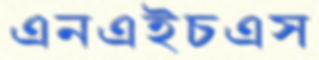
এনএইচএস